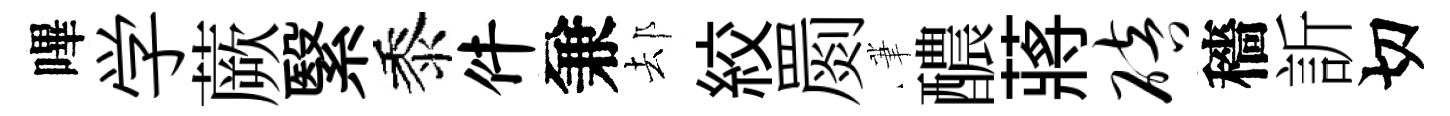
嗶学蕨繄黍件兼𨚫絞罽茟醲蔣碚穡訢切